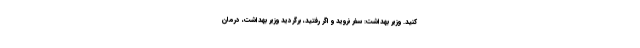
کنید. وزیر بهداشت: سفر نروید و اگر رفتید، برگردید وزیر بهداشت، درمان